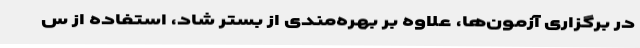
در برگزاری آزمون‌ها، علاوه بر بهره‌مندی از بستر شاد، استفاده از س